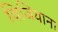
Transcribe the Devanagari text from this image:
विजियाना